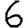
Digit: 6